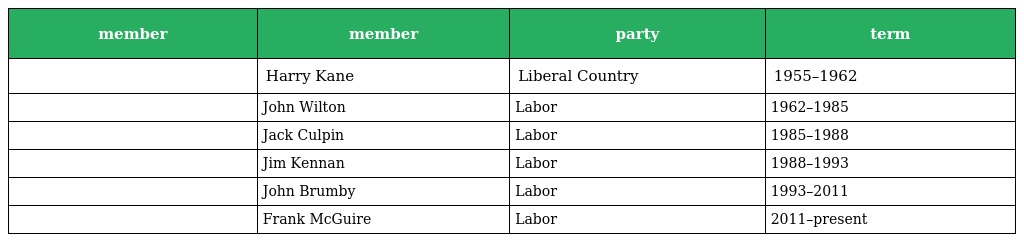
| member | member | party | term |
 | --- | --- | --- | --- |
 |  | Harry Kane | Liberal Country | 1955–1962 |
 |  | John Wilton | Labor | 1962–1985 |
 |  | Jack Culpin | Labor | 1985–1988 |
 |  | Jim Kennan | Labor | 1988–1993 |
 |  | John Brumby | Labor | 1993–2011 |
 |  | Frank McGuire | Labor | 2011–present |